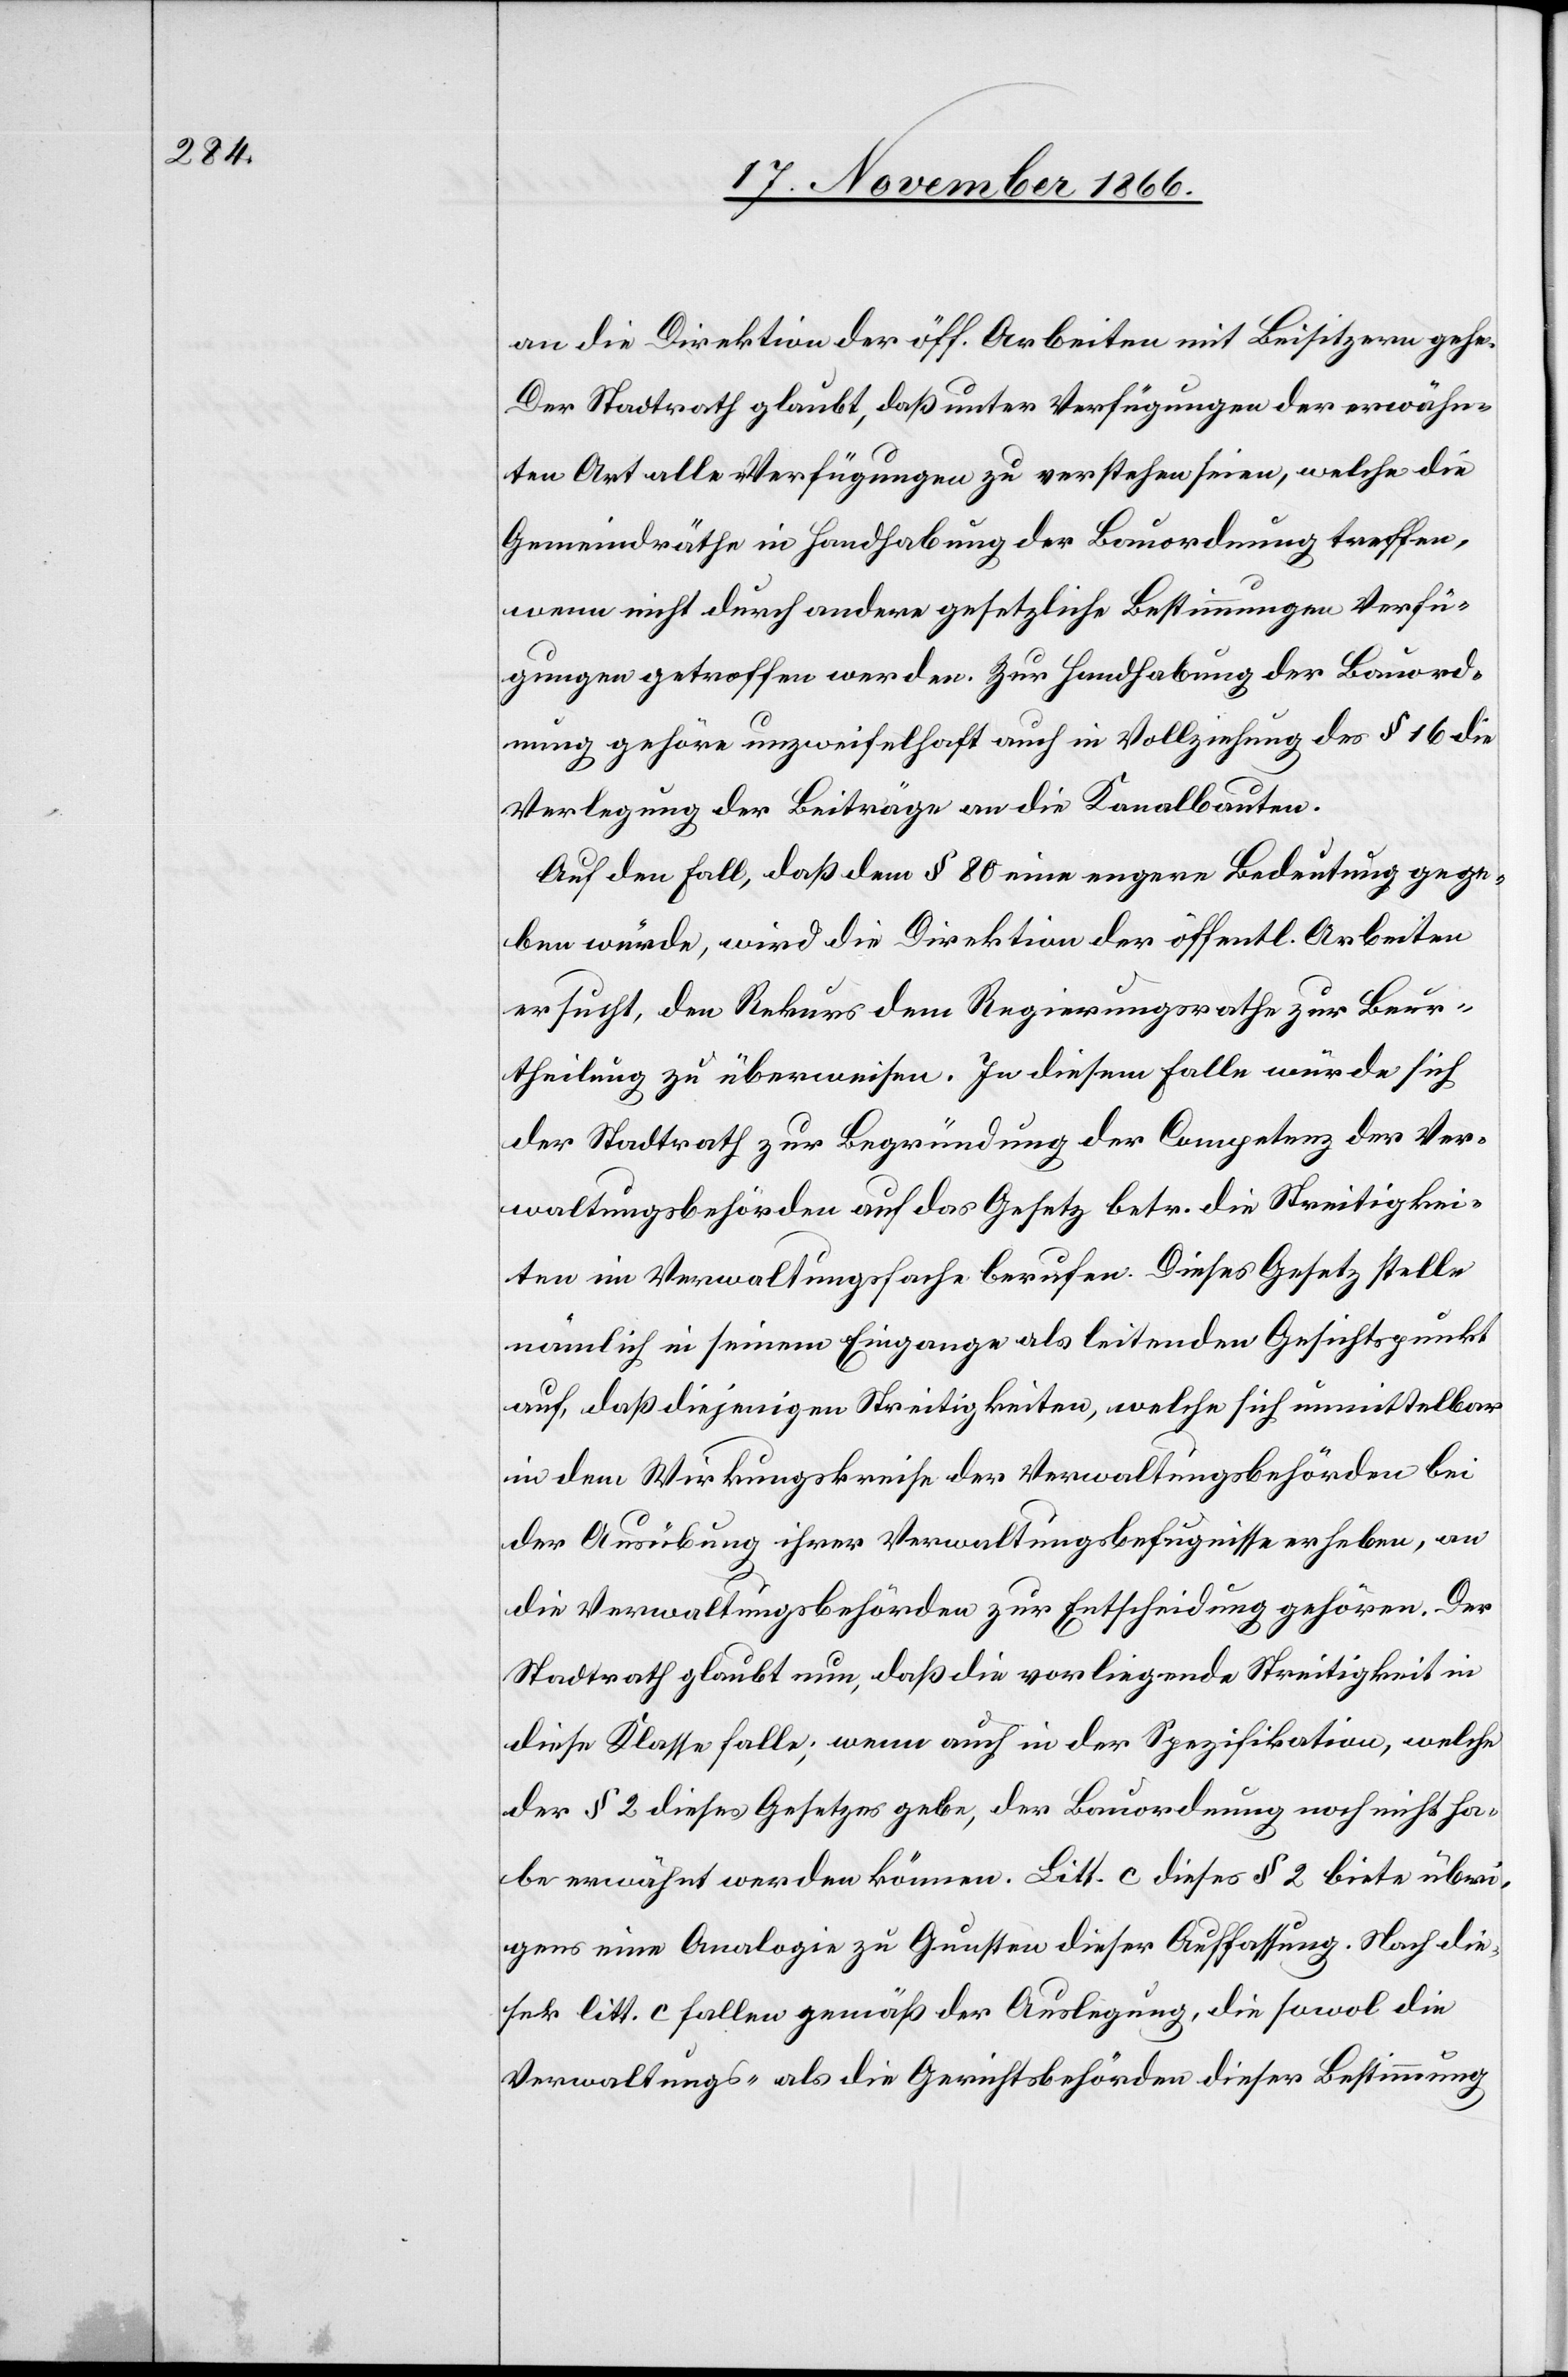
an die Direktion der öff. Arbeiten mit Beisitzern gehe[n].
Der Stadtrath glaubt, daß unter Verfügungen der erwähn¬
ten Art alle Verfügungen zu verstehen seien, welche die
Gemeindräthe in Handhabung der Bauordnung treffen,
wenn nicht durch andere gesetzliche Bestimmungen Verfü¬
gungen getroffen werden. Zur Handhabung der Bauord¬
nung gehöre unzweifelhaft auch in Vollziehung des § 16 die
Verlegung der Beiträge an die Kanalbauten.
Auf den Fall, daß dem § 80 eine engere Bedeutung gege¬
ben würde, wird die Direktion der öffentl. Arbeiten
ersucht, den Rekurs dem Regierungsrathe zur Beur¬
theilung zu überweisen. In diesem Falle würde sich
der Stadtrath zur Begründung der Competenz der Ver¬
waltungsbehörden auf das Gesetz betr. die Streitigkei¬
ten im Verwaltungsfache berufen. Dieses Gesetz stelle
nämlich in seinem Eingange als leitenden Gesichtspunkt
auf, daß diejenigen Streitigkeiten, welche sich unmittelbar
in dem Wirkungskreise der Verwaltungsbehörden bei
der Ausübung ihrer Verwaltungsbefugnisse erheben, an
die Verwaltungsbehörden zur Entscheidung gehören. Der
Stadtrath glaubt nun, daß die vorliegende Streitigkeit in
diese Klasse falle; wenn auch in der Spezifikation, welche
der § 2 dieses Gesetzes gebe, der Bauordnung noch nicht ha¬
be erwähnt werden können. Litt. c dieses § 2 biete übri¬
gens eine Analogie zu Gunsten dieser Auffassung. Nach die¬
ser litt. c fallen gemäß der Auslegung, die sowol die
Verwaltungs- als die Gerichtsbehörden dieser Bestimmung